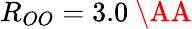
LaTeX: R_{OO}=3.0\ \AA